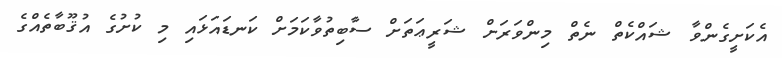
އެކަށީގެންވާ ޝައްކެތް ނެތް މިންވަރަށް ޝަރީޢަތަށް ސާބިތުވާކަމަށް ކަނޑައަޅައި މި ކުށުގެ އުޤޫބާތެއްގެ